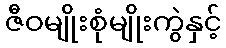
ဇီဝမျိုးစုံမျိုးကွဲနှင့်